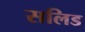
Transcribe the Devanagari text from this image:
सलिड